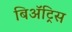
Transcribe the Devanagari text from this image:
बिॲट्रिस